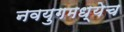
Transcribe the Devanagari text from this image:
नवयुगमध्येच